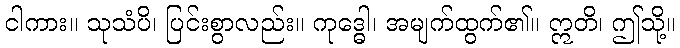
ငါကား။ သုသံပိ၊ ပြင်းစွာလည်း။ ကုဒ္ဓေါ၊ အမျက်ထွက်၏။ ဣတိ၊ ဤသို့။